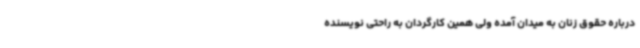
درباره حقوق زنان به میدان آمده ولی همین کارگردان به راحتی نویسنده